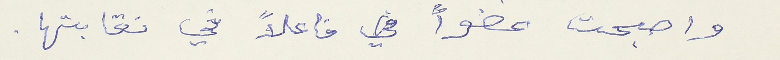
واصبحت عضواً في فاعلاً في نقابتها.